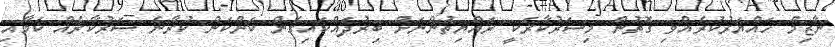
ނާޒިމް ހައްޔަރުކުރެއްވި ގޮތުން މިސަރުކާރަކީ ރައްޔިތުންނަށް ބިރުދައްކައިގެން ކަންކަން ކުރާނެ ސަރުކާރެއް ކަމާއި